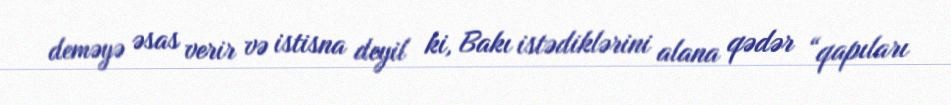
deməyə əsas verir və istisna deyil ki, Bakı istədiklərini alana qədər “qapıları